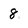
Character: 8